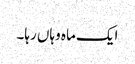
ایک ماہ وہاں رہا۔